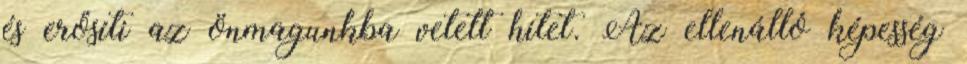
és erősíti az önmagunkba vetett hitet. Az ellenálló képesség